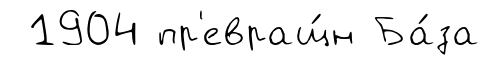
1904 пр'евращ́н Ба́за